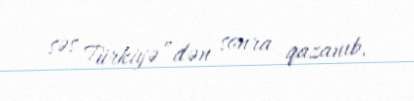
səs Türkiyə”dən sonra qazanıb.